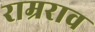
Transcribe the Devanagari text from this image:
राम्रराव